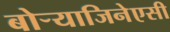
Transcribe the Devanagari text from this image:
बोऱ्याजिनेएसी